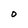
Character: O